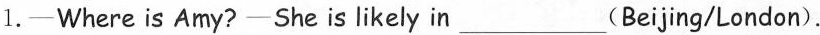
1.—Where is Amy? —She is likely in ___ (Beijing/London).